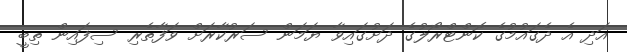
އަދި އެ ދެގައުމުގެ ކޮންޓްރޯލުގެ ދަށުގައިވާ ޔަމަން ސަރުކާރަށް ވަފާތެރި ސިފައިން ތިބީ